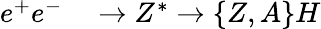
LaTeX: \begin{array}{rl}{{e^{+}e^{-}}}&{{}{{}\to Z^{*}\to\{ Z,A\} H}}\end{array}